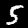
Label: 5